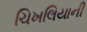
ચિખલિયાની